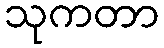
သုကတာ